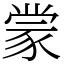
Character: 𫎇